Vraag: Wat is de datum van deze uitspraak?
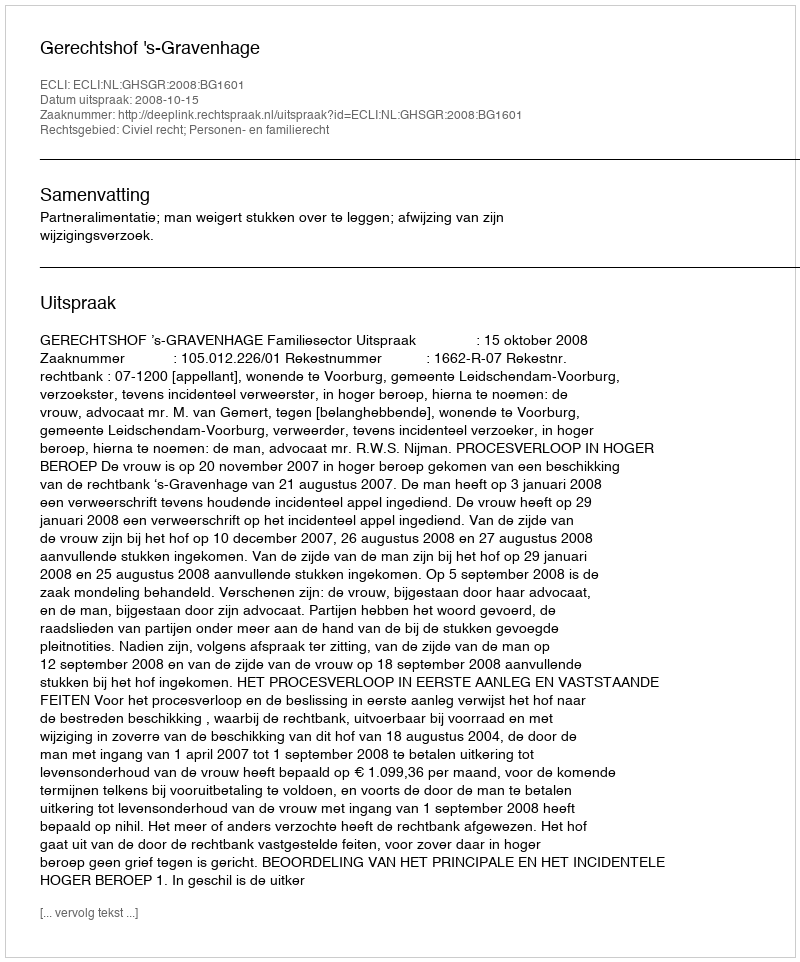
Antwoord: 2008-10-15